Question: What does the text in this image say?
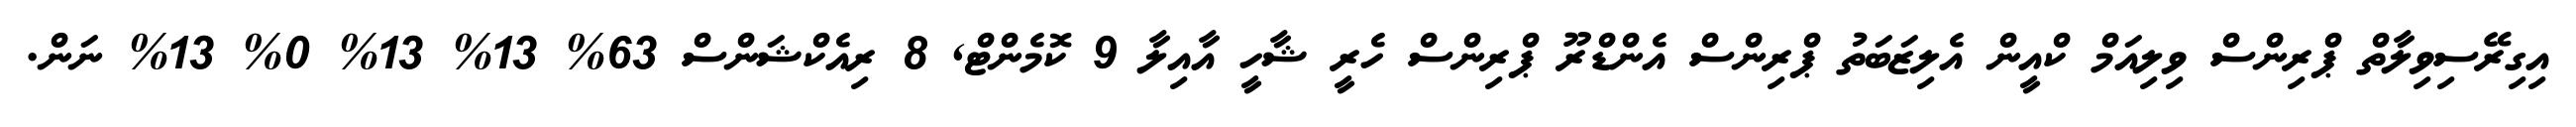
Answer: އިގިރޭސިވިލާތް ޕްރިންސް ވިލިއަމް ކްއީން އެލިޒަބަތު ޕްރިންސް އެންޑްރޫ ޕްރިންސް ހެރީ ޝާހީ އާއިލާ 9 ކޮމެންޓް, 8 ރިއެކްޝަންސް 63% 13% 13% 0% 13% ނަން.